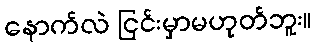
နောက်လဲ ငြင်းမှာမဟုတ်ဘူး။